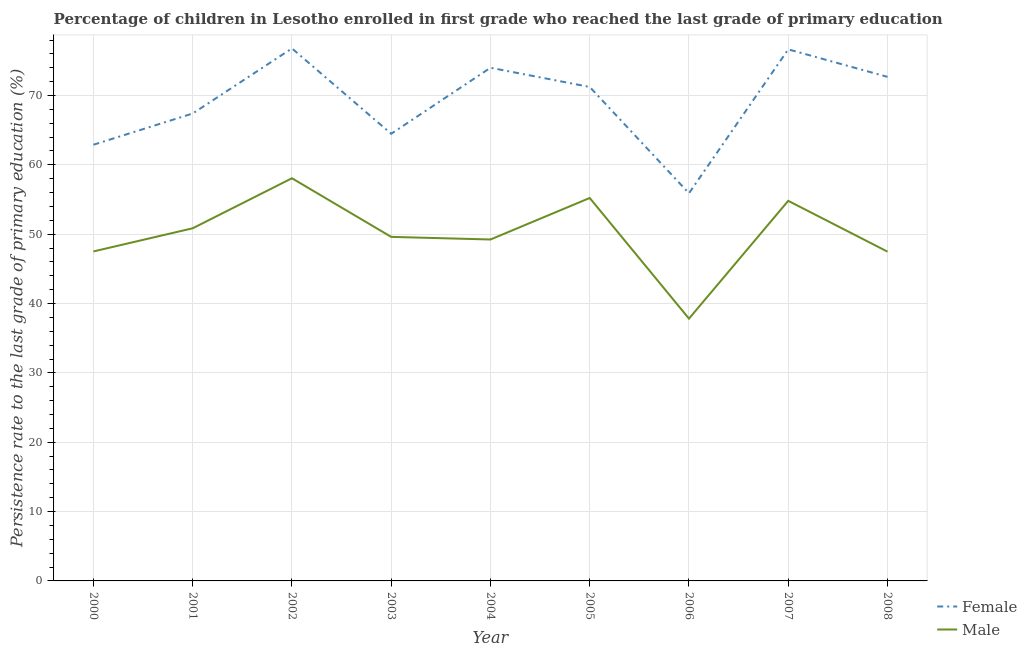
| Year | Female | Male |
 | --- | --- | --- |
 | 2000 | 62.9 | 47.5 |
 | 2001 | 67.4 | 50.9 |
 | 2002 | 76.8 | 58.1 |
 | 2003 | 64.5 | 49.6 |
 | 2004 | 74 | 49.2 |
 | 2005 | 71.2 | 55.2 |
 | 2006 | 55.9 | 37.8 |
 | 2007 | 76.7 | 54.8 |
 | 2008 | 72.7 | 47.5 |